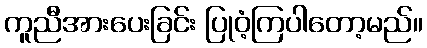
ကူညီအားပေးခြင်း ပြုဝံ့ကြပါတော့မည်။